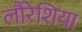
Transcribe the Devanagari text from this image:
लौरेशिया